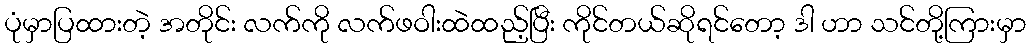
ပုံမှာပြထားတဲ့ အတိုင်း လက်ကို လက်ဖဝါးထဲထည့်ပြီး ကိုင်တယ်ဆိုရင်တော့ ဒါ ဟာ သင်တို့ကြားမှာ